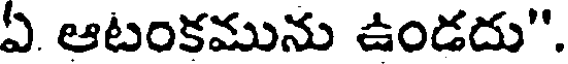
ఏ ఆటంకమును ఉండదు".